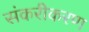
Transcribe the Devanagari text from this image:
संकरीकरण